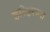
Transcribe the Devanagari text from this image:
हरिहरच्या